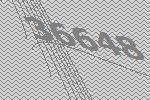
36648